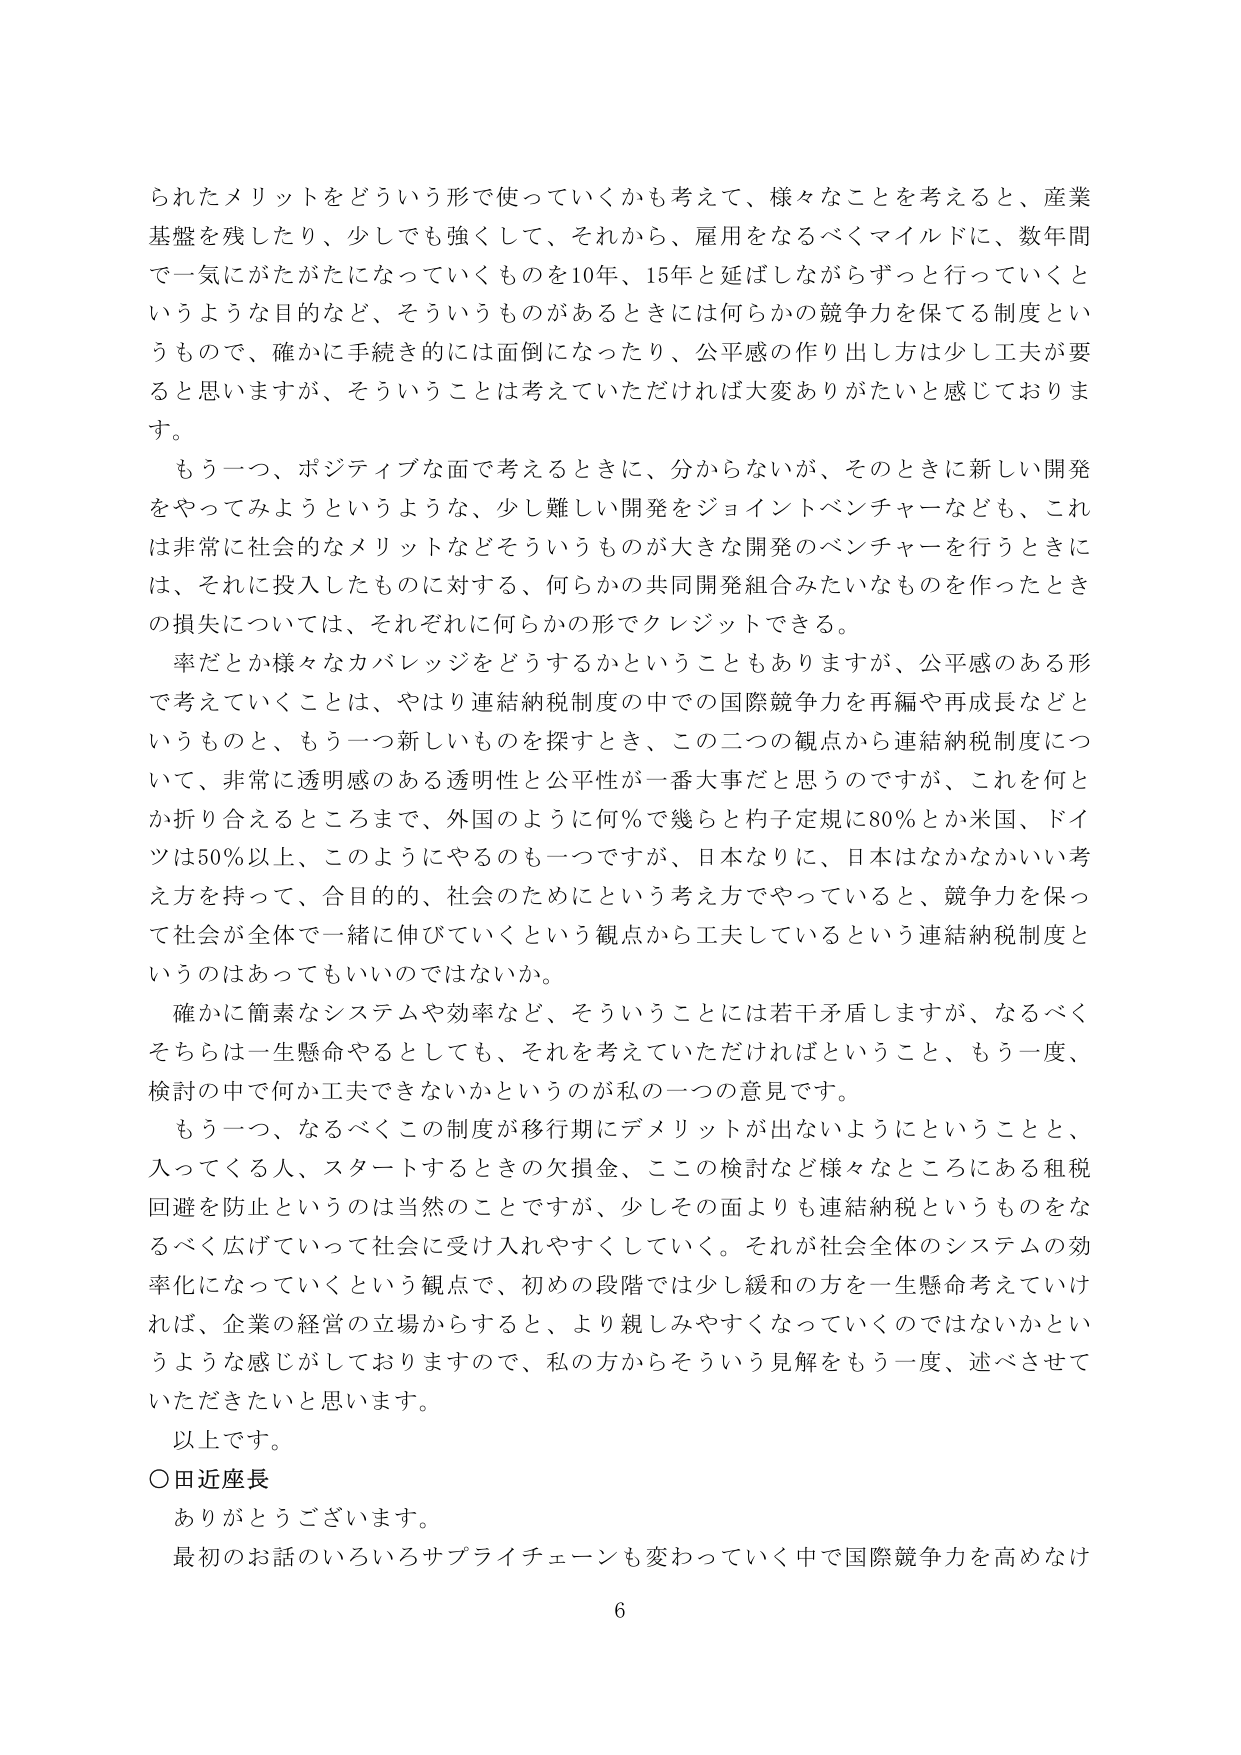
られたメリットをどういう形で使っていくかも考えて、様々なことを考えると、産業基盤を残したり、少しでも強くして、それから、雇用をなるべくマイルドに、数年間で一気にがたがたになっていくものを10年、15年と延ばしながらずっと行っていくというような目的など、そういうものがあるときには何らかの競争力を保てる制度というもので、確かに手続き的には面倒になったり、公平感の作り出し方は少し工夫が要ると思いますが、そういうことは考えていただければ大変ありがたいと感じております。

もう一つ、ポジティブな面で考えるときに、分からないが、そのときに新しい開発をやってみようというような、少し難しい開発をジョイントベンチャーなども、これは非常に社会的なメリットなどそういうものが大きな開発のベンチャーを行うときには、それに投入したものに対する、何らかの共同開発組合みたいなものを作ったときの損失については、それぞれに何らかの形でクレジットできる。

率だとか様々なカバレッジをどうするかということもありますが、公平感のある形で考えていくことは、やはり連結納税制度の中での国際競争力を再編や再成長などというもののと、もう一つ新しいものを探すとき、この二つの観点から連結納税制度について、非常に透明感のある透明性と公平性が一番大事だと思うのですが、これを何とか折り合えるところまで、外国のように何％で幾らと杓子定規に80％とか米国、ドイツは50％以上、このようにやるのも一つですが、日本なりに、日本はなかなかいい考え方を持って、合目的的、社会のためにという考え方でやっていると、競争力を保って社会が全体で一緒に伸びていくという観点から工夫しているという連結納税制度というのはあってもいいのではないでしょうか。

確かに簡素なシステムや効率など、そういうことには若干矛盾しますが、なるべくそちらは一生懸命やるとしても、それを考えていただければということ、もう一度、検討の中で何か工夫できないかというのが私の一つの意見です。

もう一つ、なるべくこの制度が移行期にデメリットが出ないようにということと、入ってくる人、スタートするときの欠損金、ここの検討など様々なところにある租税回避を防止というのは当然のことですが、少しその面よりも連結納税というものをなるべく広げていって社会に受け入れやすくしていく。それが社会全体のシステムの効率化になっていくという観点で、初めの段階では少し緩和の方を一生懸命考えていければ、企業の経営の立場からすると、より親しみやすくなっていくのではないかというような感じがしておりますので、私の方からそういう見解をもう一度、述べさせていただきたいと思います。

以上です。

○田近座長

ありがとうございます。

最初のお話のいろいろサプライチェーンも変わっていく中で国際競争力を高めなけ

6